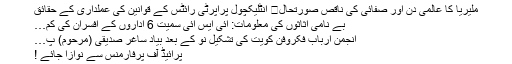
ملیریا کا عالمی دن اور صفائی کی ناقص صورتحال	 انٹلیکچول پراپرٹی رائٹس کے قوانین کی عملداری کے حقائق
بے نامی اثاثوں کی معلومات: آئی ایس آئی سمیت 6 اداروں کے افسران کی کم…
انجمن ارباب فکروفن کویت کی تشکیلِ نو کے بعد بیادِ ساغر صدیقی (مرحوم) پ…
پرائیڈ آف پرفارمنس سے نوازا جائے !